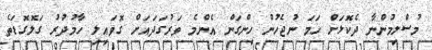
މުސްލިމުންނާ ދެކޮޅަށް ހަމަ ނުޖެހުން ހިންގަން އެންމެ ވަރުގަދައަށް ގޮވައިލި ހާމުދުރު ގަލޮގޮޑަތެ